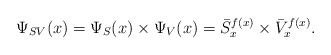
\begin{align*}\Psi_{SV}(x)=\Psi_{S}(x)\times \Psi_{V}(x)=\bar{S}_{x}^{f(x)} \times\bar{V}_{x}^{f(x)}.\end{align*}